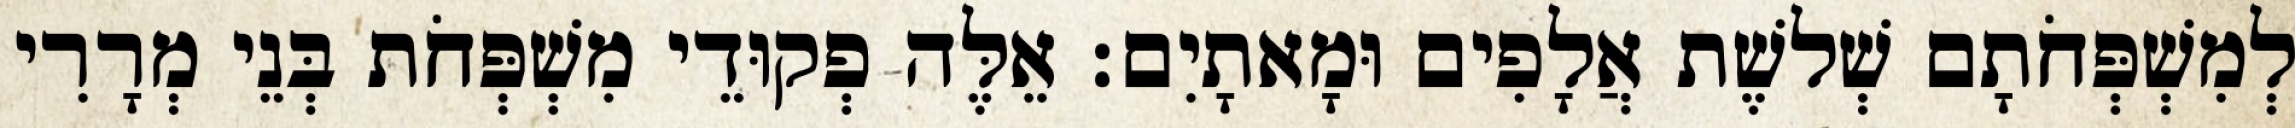
לְמִשְׁפְּחֹתָם שְׁלשֶׁת אֲלָפִים וּמָאתָיִם׃ אֵלֶּה פְקוּדֵי מִשְׁפְּחֹת בְּנֵי מְרָרִי